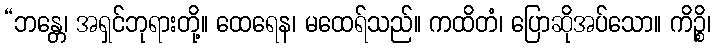
“ဘန္တေ၊ အရှင်ဘုရားတို့။ ထေရေန၊ မထေရ်သည်။ ကထိတံ၊ ပြောဆိုအပ်သော။ ကိဉ္စိ၊